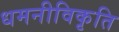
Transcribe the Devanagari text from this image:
धमनीविकृति